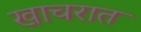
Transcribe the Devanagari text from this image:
खाचरात